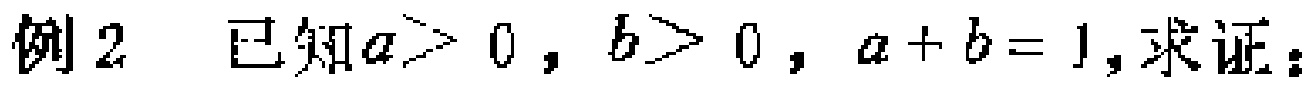
例2 已知\(a > 0\)，\(b > 0\)，\(a + b = 1\)，求证：